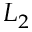
L _ { 2 }